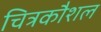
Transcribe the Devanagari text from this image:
चित्रकौशल